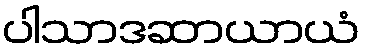
ပါသာဒဆာယာယံ